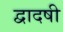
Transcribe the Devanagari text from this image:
द्वादषी